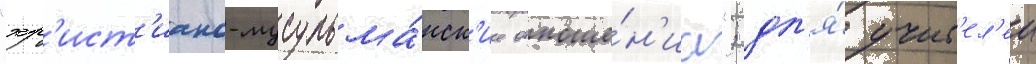
"хр'ист'иано-мусульма́нск'ие отноше́н'иа"; дл'я́ учит'ел'еи